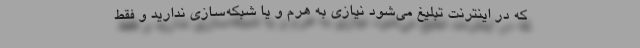
که در اینترنت تبلیغ می‌شود نیازی به هرم و یا شبکه‌سازی ندارید و فقط